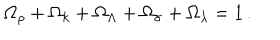
LaTeX: \Omega _ { \rho } + \Omega _ { k } + \Omega _ { \Lambda } + \Omega _ { \sigma } + \Omega _ { \lambda } = 1 \, .